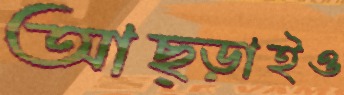
আছ্‌ড়াইও